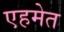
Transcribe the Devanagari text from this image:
एहमेत